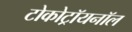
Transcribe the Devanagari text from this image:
टोकोट्रॉयनॉल